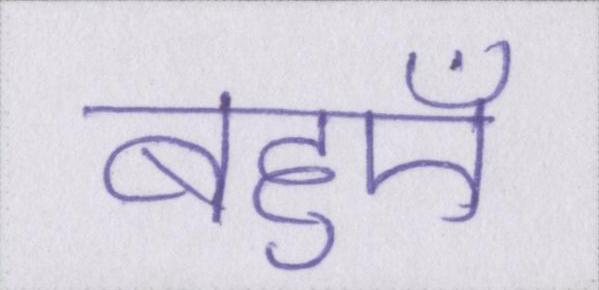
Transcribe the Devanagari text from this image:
बहुएँ